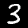
Digit: 3